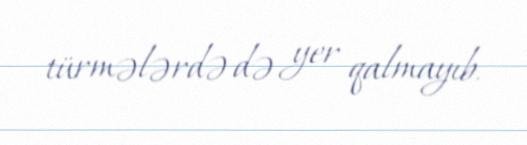
türmələrdə də yer qalmayıb.